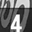
Digit: 4